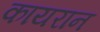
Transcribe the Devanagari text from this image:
कायरान